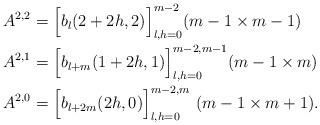
LaTeX: \begin{align*} A^{2,2} &= \Big[b_l(2+2h, 2)\Big]_{l,h = 0}^{m-2} (m-1 \times m-1) \\ A^{2,1} &= \Big[b_{l+m}(1+2h,1)\Big]_{l,h=0}^{m-2,m-1} (m-1 \times m) \\ A^{2,0} &= \Big[b_{l+2m}(2h,0)\Big]_{l,h=0}^{m-2,m} \ (m-1 \times m+1). \end{align*}